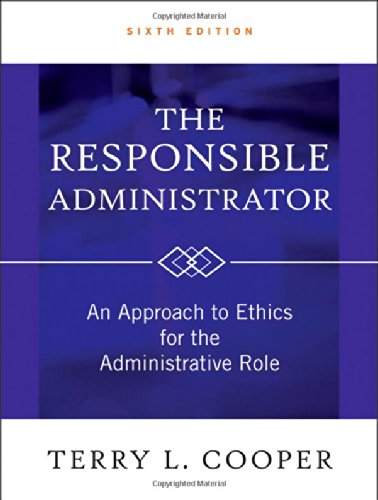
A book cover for The Responsible Administrator: An Approach to Ethics for the Administrative Role; Terry L. Cooper; Business & Money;